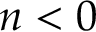
n < 0